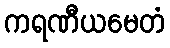
ကရဏီယမေတံ